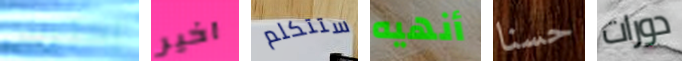
إحترس اخير ستتكلم أنهيه حسنا دورات